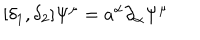
[ \delta _ { 1 } , \delta _ { 2 } ] \Psi ^ { \mu } = a ^ { \alpha } { \partial } _ { \alpha } \Psi ^ { \mu }